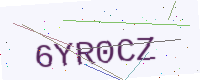
Text: 6YR0CZ